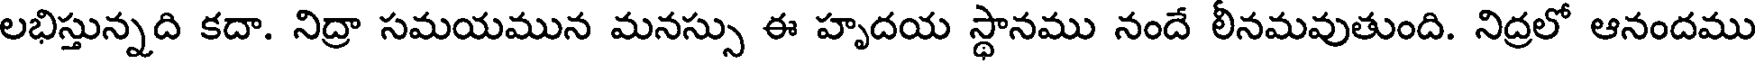
లభిస్తున్నది కదా. నిద్రా సమయమున మనస్సు ఈ హృదయ స్థానము నందే లీనమవుతుంది. నిద్రలో ఆనందము